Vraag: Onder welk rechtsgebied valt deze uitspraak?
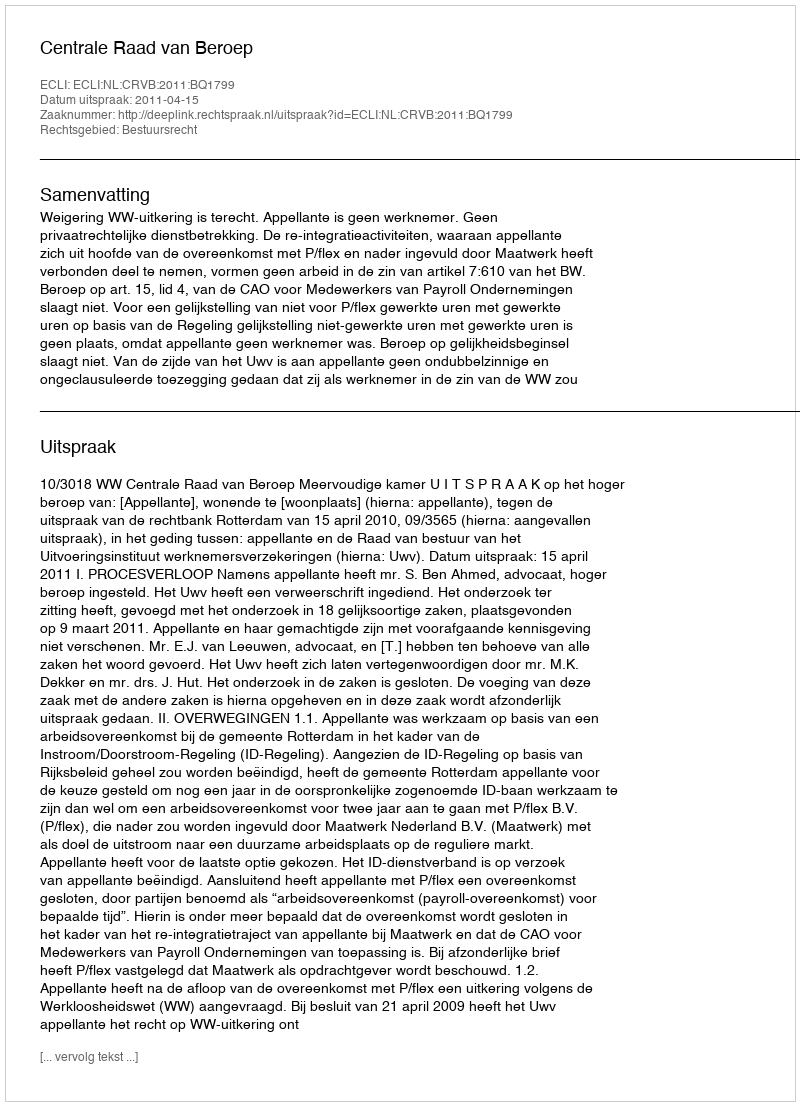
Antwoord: Bestuursrecht